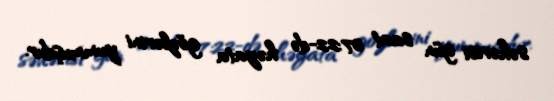
səhərisi gün saat 07:22-də həyata gözlərini yummuşdur.